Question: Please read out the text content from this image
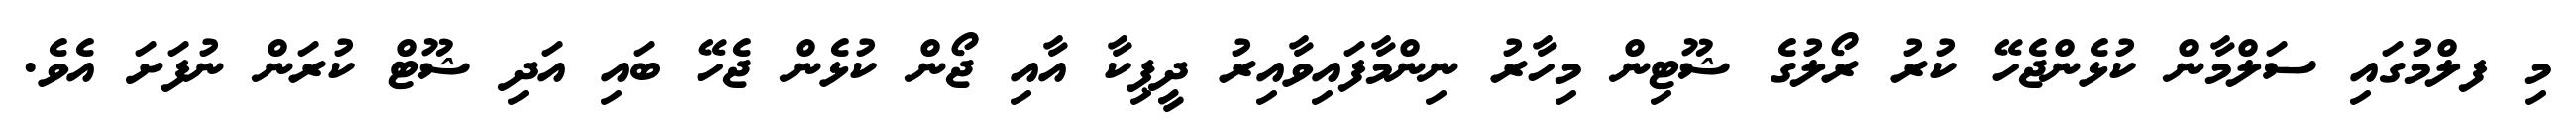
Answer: މި ފލްމުގައި ސަލްމާން ކުޅެންޖެހޭ ކުރު ރޯލުގެ ޝޫޓިން މިހާރު ނިންމާފައިވާއިރު ދީޕިކާ އާއި ޖޯން ކުޅެން ޖެހޭ ބައި އަދި ޝޫޓް ކުރަން ނުފަށަ އެވެ.